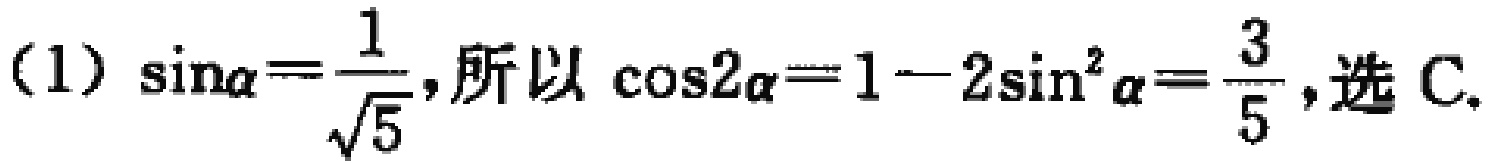
(1) $\sin\alpha=\frac{1}{\sqrt{5}}$,所以 $\cos2\alpha = 1 - 2\sin^{2}\alpha=\frac{3}{5}$,选 C.